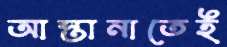
আস্তানাতেই